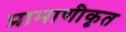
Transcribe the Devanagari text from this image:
प्रामाणीकृत